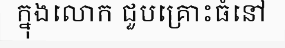
ក្នុងលោក ជួបគ្រោះធំនៅ